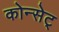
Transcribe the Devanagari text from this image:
कोन्सेट्